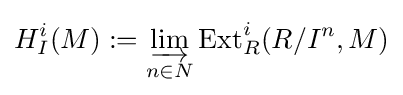
H_{I}^{i}(M):=\varinjlim _{n\in N}\operatorname {Ext} _{R}^{i}(R/I^{n},M)